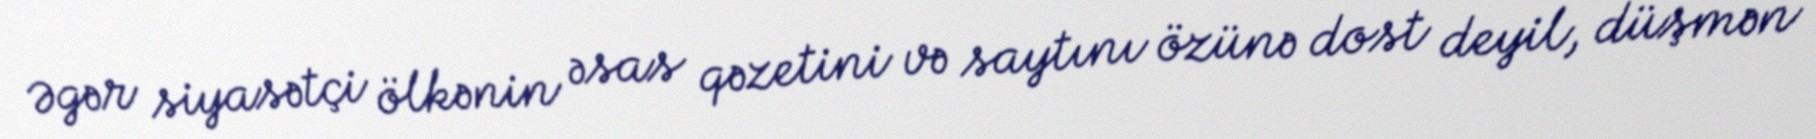
Əgər siyasətçi ölkənin əsas qəzetini və saytını özünə dost deyil, düşmən